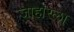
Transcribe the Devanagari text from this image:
जोहोरला